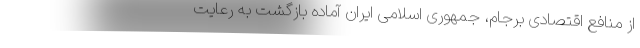
از منافع اقتصادی برجام، جمهوری اسلامی ایران آماده بازگشت به رعایت